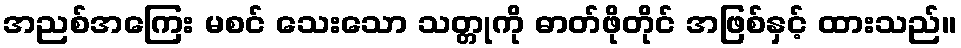
အညစ်အကြေး မစင် သေးသော သတ္တုကို ဓာတ်ဖိုတိုင် အဖြစ်နှင့် ထားသည်။